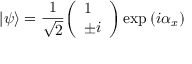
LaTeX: | \psi \rangle = { \frac { 1 } { \sqrt { 2 } } } { \left( \begin{array} { l } { 1 } \\ { \pm i } \end{array} \right) } \exp \left( i \alpha _ { x } \right)